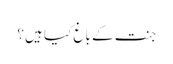
جنت کے باغ کیا ہیں؟